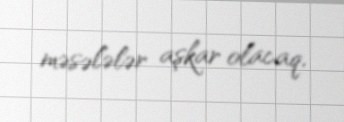
məsələlər aşkar olacaq.